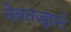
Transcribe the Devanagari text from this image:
नेत्रतज्ज्ञाने